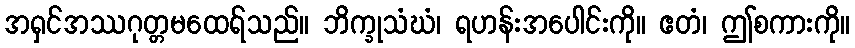
အရှင်အဿဂုတ္တမထေရ်သည်။ ဘိက္ခုသံဃံ၊ ရဟန်းအပေါင်းကို။ ဧတံ၊ ဤစကားကို။